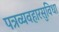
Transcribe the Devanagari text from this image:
पत्रव्यवहारसुविधा